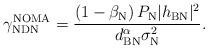
LaTeX: \begin{align*}\gamma_{\textrm{NDN}}^{\textrm{NOMA}}=\frac{\left(1-\beta_{\textrm{N}} \right)P_\textrm{N} |h_{\textrm{BN}}|^2} {{d_{\textrm{BN}}^{\alpha} \sigma_{\textrm{N}}^2}}.\end{align*}